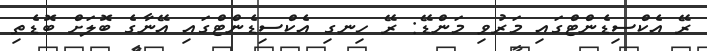
ރޭ އެކްސިޑެންޓްގައި މަރުވި މަންޑޭ: ރޭ ހިނގި އެކްސިޑެންޓްގައި އޭނާގެ ބޮލަށް ބޮޑެތި